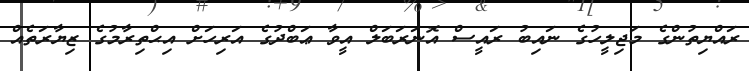
ރައްޔިތުންގެ މަޖިލީހުގެ ނައިބު ރައީސް އޮނަރަބަލް އީވާ ޢަބްދުގެ އަރިހަށް އިޙްތިރާމުގެ ޒިޔާރަތެއް